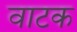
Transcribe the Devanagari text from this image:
वाटक